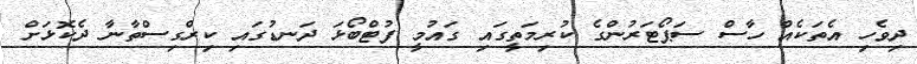
ދިވެހި އެތަކެއް ހާސް ސަޕޯޓަރުންގެ ކުރިމަތީގައި ގައުމީ ފުޓްބޯޅަ ދަނޑުގައި ކިރްގިސްތާނާ ދެކޮޅަށް